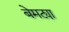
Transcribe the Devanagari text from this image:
बेमट्या